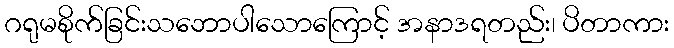
ဂရုမစိုက်ခြင်းသဘောပါသောကြောင့် အနာဒရတည်း၊ ပိတာကား